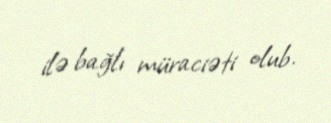
ilə bağlı müraciəti olub.